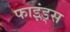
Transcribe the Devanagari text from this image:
फाइंड्स